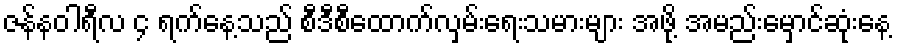
ဇန်နဝါရီလ ၄ ရက်နေ့သည် စီဒီစီထောက်လှမ်းရေးသမားများ အဖို့ အမည်းမှောင်ဆုံးနေ့